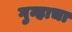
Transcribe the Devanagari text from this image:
गुन्हाचा